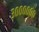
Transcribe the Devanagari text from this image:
३००००००